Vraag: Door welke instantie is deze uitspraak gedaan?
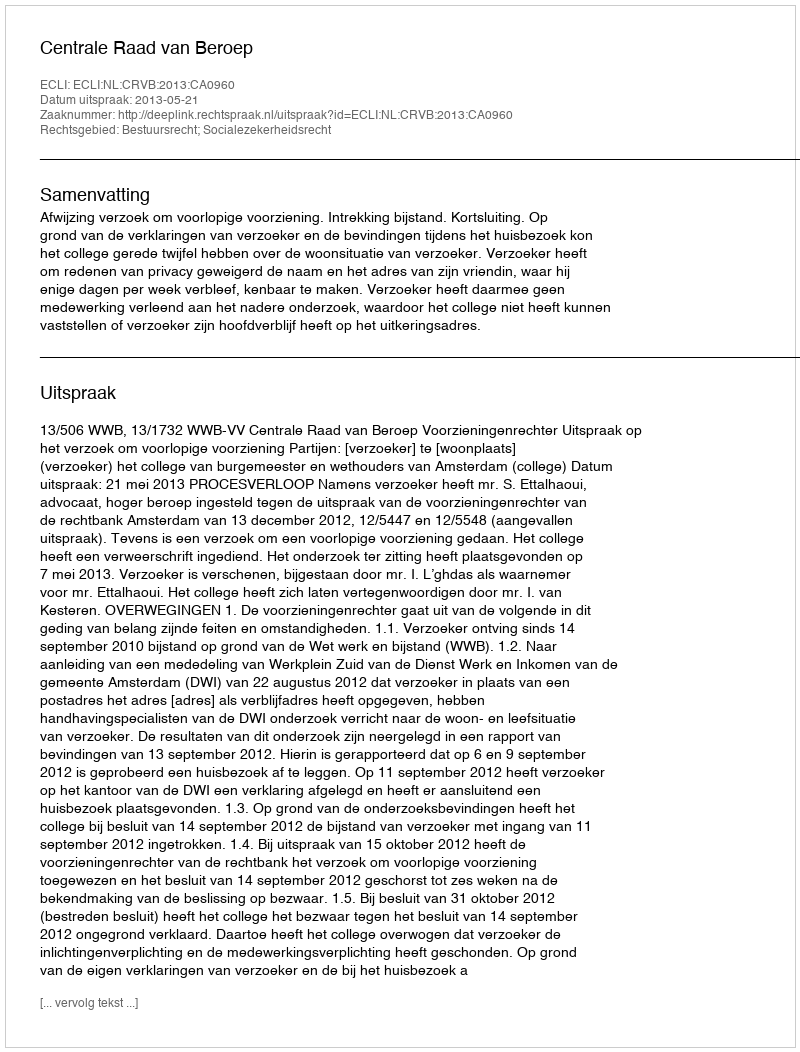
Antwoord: Centrale Raad van Beroep